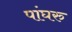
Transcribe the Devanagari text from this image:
पांघरु